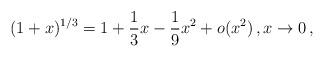
LaTeX: \begin{align*}(1+x)^{1/3}=1+\frac13 x-\frac19 x^2+o(x^2)\,,x\to 0\,,\end{align*}